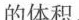
的体积